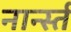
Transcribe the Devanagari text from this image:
नार्न्स्त